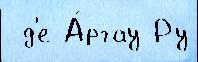
 д'е А́ргау Ру